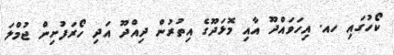
ކޯހުގައި ހއ. އިހަވައްދޫ އާއި މޮޅަދޫގެ އިތުރުން ދިއްދޫ އަދި ހޯރަފުށިން ޖުމްލަ